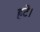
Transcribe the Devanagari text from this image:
हटे।